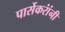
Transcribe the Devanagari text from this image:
पार्सेकरांंनी